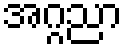
အဂ္ဂညာ